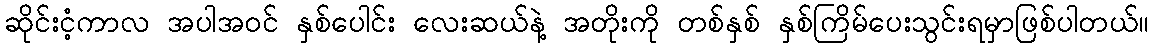
ဆိုင်းငံ့ကာလ အပါအဝင် နှစ်ပေါင်း လေးဆယ်နဲ့ အတိုးကို တစ်နှစ် နှစ်ကြိမ်ပေးသွင်းရမှာဖြစ်ပါတယ်။